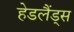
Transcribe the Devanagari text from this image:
हेडलैंड्स